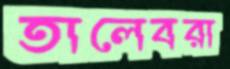
তালেবরা